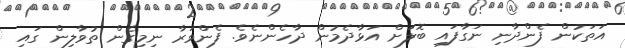
އަތަކުން ފެންދާނި ނަގާފައި ބޮލަށް އަޅާދެމުން ދާހެންނެވެ. ފެންވަރާ ނިމިގެން ތުވާލިން ގައި